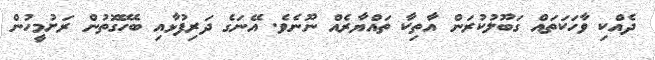
ދެއްކި ވާހަކަތައް ގަބޫލުކުރަން އާތިކާ ތައްޔާރެއް ނޫނެވެ. އޭނަގެ ދަރިފުޅާއި ބެހޭގޮތުން ރަށުމީހުން